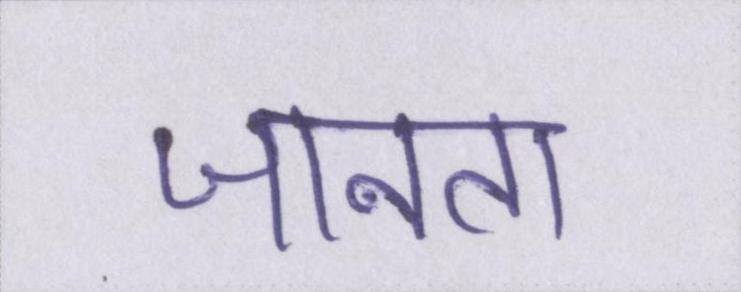
जानता